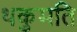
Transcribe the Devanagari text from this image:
थकुमति